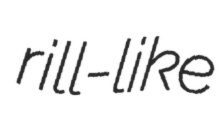
rill-like